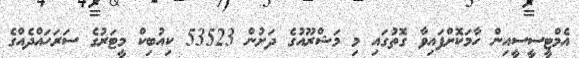
އެމްޓީސީސީއިން ހާމަކޮށްފައިވާ ގޮތުގައި މި މަޝްރޫއުގެ ދަށުން 53523 ކިއުބިކް މީޓަރުގެ ސަރަހައްދެއްގެ